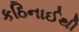
કઠિનાઈથી